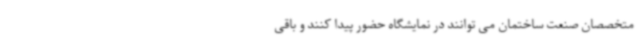
متخصصان صنعت ساختمان می توانند در نمایشگاه حضور پیدا کنند و باقی